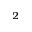
^ 2